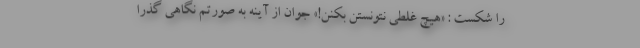
را شکست : «هیچ غلطی نتونستن بکنن!» جوان از آینه به صورتم نگاهی گذرا